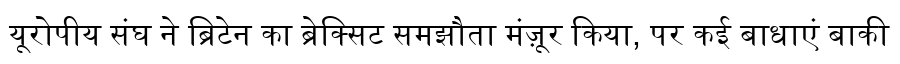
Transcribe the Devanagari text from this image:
यूरोपीय संघ ने ब्रिटेन का ब्रेक्सिट समझौता मंज़ूर किया, पर कई बाधाएं बाकी